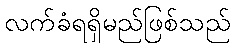
လက်ခံရရှိမည်ဖြစ်သည်